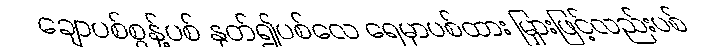
ချောပစ်စွန့်ပစ် နုတ်၍ပစ်လေ ရေမှာပစ်ထား မြှားဖြင့်လည်းပစ်